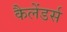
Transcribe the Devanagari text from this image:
कैलेंडर्स